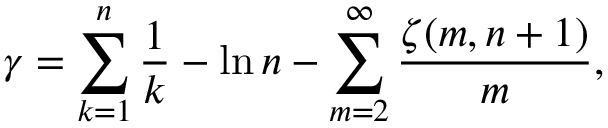
\gamma = \sum _ { k = 1 } ^ { n } { \frac { 1 } { k } } - \ln n - \sum _ { m = 2 } ^ { \infty } { \frac { \zeta ( m , n + 1 ) } { m } } ,